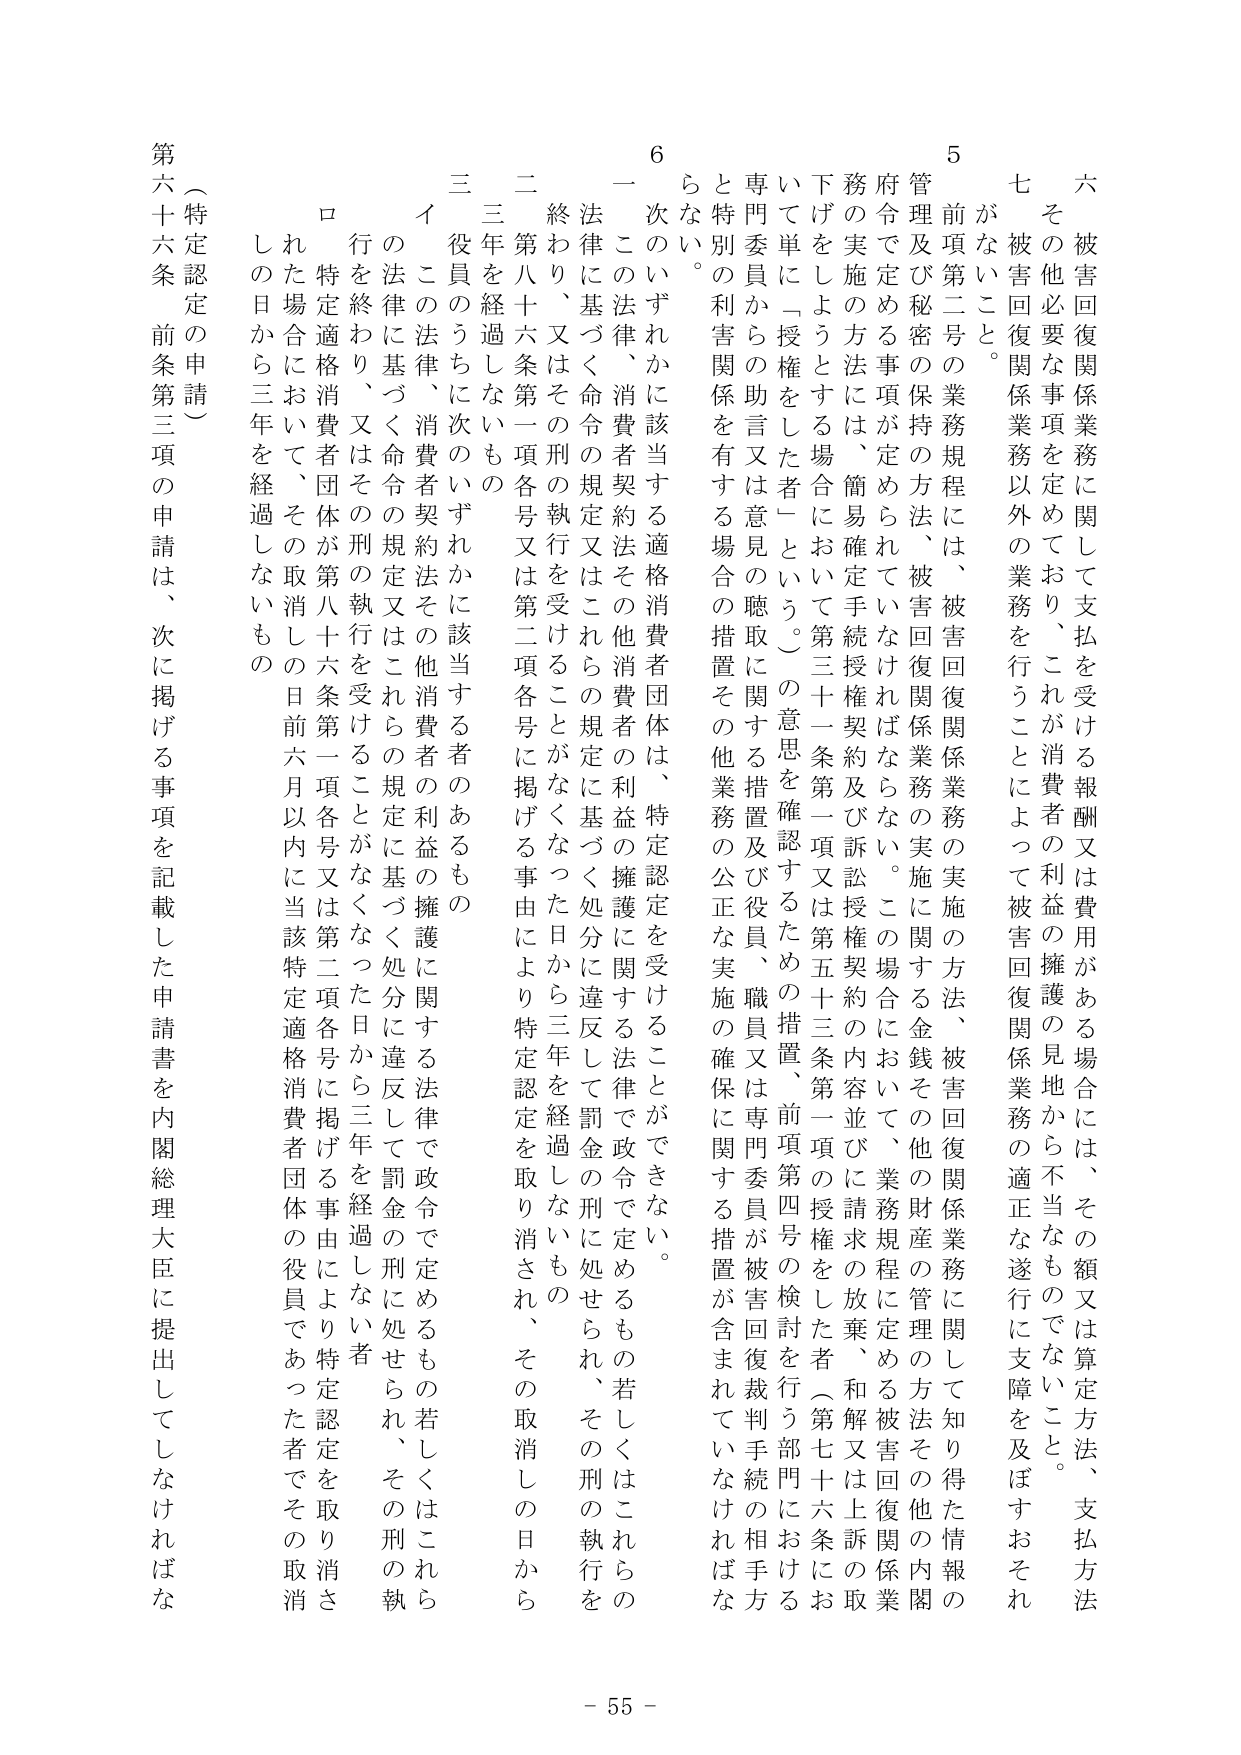
六 被害回復関係業務に関して支払を受ける報酬又は費用がある場合には、その額又は算定方法、支払方法
七 その他必要な事項を定めており、これが消費者の利益の擁護の見地から不当なものでないこと。
がないこと。
五 前項第二号の業務規程には、被害回復関係業務の実施の方法、被害回復関係業務に関して知り得た情報の
管理及び秘密の保持の方法、被害回復関係業務の実施に関する金銭その他の財産の管理の方法その他の内閣
府令で定める事項が定められていないならばならない。この場合において、業務規程に定める被害回復関係業
務の実施の方法には、簡易確定手続授権契約及び訴訟授権契約の内容並びに請求の放棄、和解又は上訴の取
下げをしようとする場合において第三十一条第一項又は第五十三条第一項の授権をした者（第七十六条にお
いて単に「授権をした者」という。）の意思を確認するための措置、前項第四号の検討を行う部門における
専門委員からの助言又は意見の聴取に関する措置及び役員、職員又は専門委員が被害回復裁判手続の相手方
と特別の利害関係を有する場合の措置その他業務の公正な実施の確保に関する措置が含まれていなければな
らない。
六 次のいずれかに該当する適格消費者団体は、特定認定を受けることができない。
一 この法律、消費者契約法その他消費者の利益の擁護に関する法律で政令で定めるもの若しくはこれらの
法律に基づく命令の規定又はこれらの規定に基づく処分に違反して罰金の刑に処せられ、その刑の執行を
終わり、又はその刑の執行を受けることがなくなった日から三年を経過しないもの
二 第八十六条第一項各号又は第二項各号に掲げる事由により特定認定を取り消され、その取消しの日から
三年を経過しないもの
三 役員のうちに次のいずれかに該当する者のあるもの
イ この法律、消費者契約法その他消費者の利益の擁護に関する法律で政令で定めるもの若しくはこれら
の法律に基づく命令の規定又はこれらの規定に基づく処分に違反して罰金の刑に処せられ、その刑の執
行を終わり、又はその刑の執行を受けることがなくなった日から三年を経過しない者
ロ 特定適格消費者団体が第八十六条第一項各号又は第二項各号に掲げる事由により特定認定を取り消さ
れた場合において、その取消しの日前六月以内に当該特定適格消費者団体の役員であった者でその取消
しの日から三年を経過しないもの
（特定認定の申請）
第六十六条 前条第三項の申請は、次に掲げる事項を記載した申請書を内閣総理大臣に提出してしなければな
- 55 -